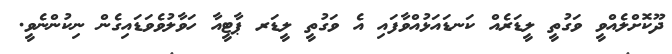
ދޫކޮށްލެއްވީ ވަގުތީ ލީޑަރެއް ކަނޑައަޅުއްވާފައި އެ ވަގުތީ ލީޑަރ ޕާޓީއާ ހަވާލުވެވަޑައިގެން ނިކުންނެވީ.